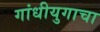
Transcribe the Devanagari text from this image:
गांधीयुगाचा